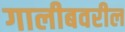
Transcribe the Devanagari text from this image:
गालीबवरील